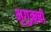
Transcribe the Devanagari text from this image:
भृगुऋषी